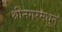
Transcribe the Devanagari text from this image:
श्रीनगरमधून